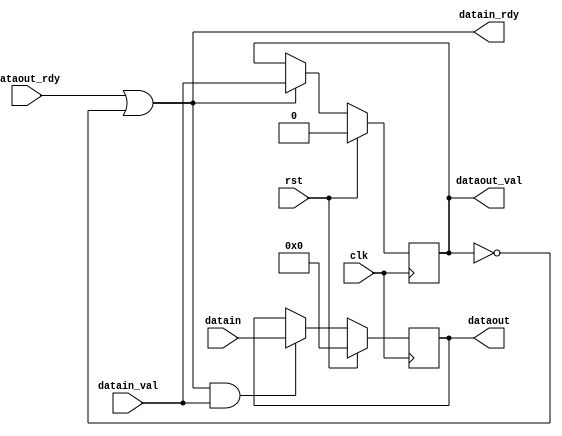
//2)mastervalidvalid
//pipevaliddatapipeslavepipe
//bubblereadypipepipe
//
//ro <= ri || !vo; //slavepipevo=0masterready
//vo <= (ro) ? vi : vo; //rovipipevovo
//do <= (ro && vi) ? di : do; //rodipipedodo

module rv2 #(parameter wd = 4)(
	input clk, rst,
	input [wd-1:0] datain,
	input datain_val,
	output datain_rdy, 
	input dataout_rdy, 
	output reg dataout_val,
	output reg [wd-1:0] dataout 
);

	assign datain_rdy = dataout_rdy || !dataout_val; //slavepipevo=0masterready
	
	always @(posedge clk) begin
		if (rst) begin
			dataout_val <= 0;
			dataout <= 0;
		end
		else begin
			dataout_val <= (datain_rdy) ? datain_val : dataout_val; //rovipipevovo
			dataout <= (datain_rdy && datain_val) ? datain : dataout;
		end
	end


endmodule